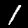
Label: 1